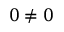
0 \neq 0